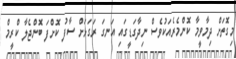
މިގޮތަށް ދިމާވީމާ ކޮންމެރެއަކުވެސް ނިދާގަޑީގައި އަނގަ ރަގަޅަށް ސާފު ކޮށްފަ ބޮންޖެލާ ކްރީމް